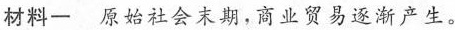
材料一 原始社会末期，商业贸易逐渐产生。